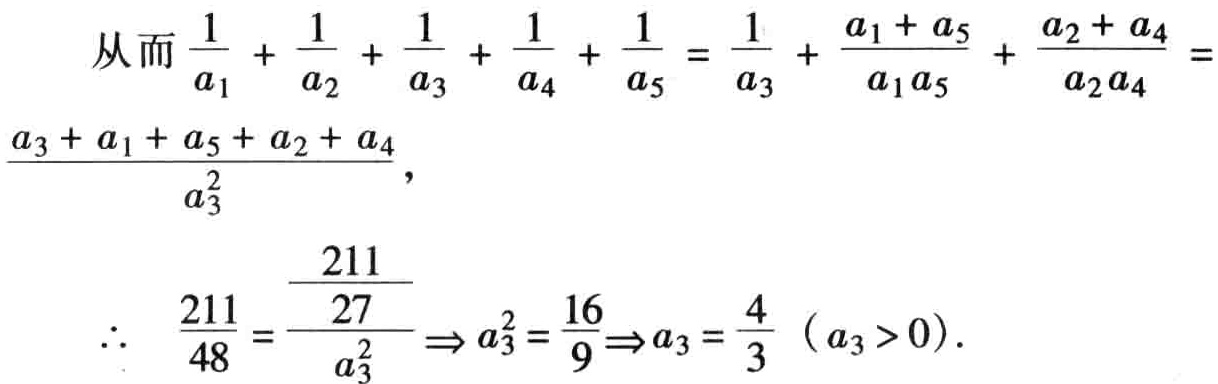
解 原式$=\left(\dfrac{\sin^{2}\dfrac{\alpha}{2}}{\cos^{2}\dfrac{\alpha}{2}} - \dfrac{\cos^{2}\dfrac{\alpha}{2}}{\sin^{2}\dfrac{\alpha}{2}}\right)/\left(\dfrac{1}{\cos^{2}\dfrac{\alpha}{2}}+\dfrac{1}{\sin^{2}\dfrac{\alpha}{2}}\right)$

$=\sin^{2}\dfrac{\alpha}{2}-\cos^{2}\dfrac{\alpha}{2}=-\cos\alpha$

从而$\dfrac{1}{a_{1}}+\dfrac{1}{a_{2}}+\dfrac{1}{a_{3}}+\dfrac{1}{a_{4}}+\dfrac{1}{a_{5}}=\dfrac{1}{a_{3}}+\dfrac{a_{1} + a_{5}}{a_{1}a_{5}}+\dfrac{a_{2} + a_{4}}{a_{2}a_{4}}=\dfrac{a_{3}+a_{1}+a_{5}+a_{2}+a_{4}}{a_{3}^{2}}$，

$\therefore \dfrac{211}{48}=\dfrac{\dfrac{211}{27}}{a_{3}^{2}}\Rightarrow a_{3}^{2}=\dfrac{16}{9}\Rightarrow a_{3}=\dfrac{4}{3}\ (a_{3}>0)$．